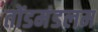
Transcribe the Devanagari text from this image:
तोंडमंडलम